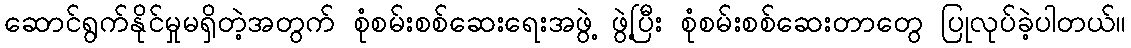
ဆောင်ရွက်နိုင်မှုမရှိတဲ့အတွက် စုံစမ်းစစ်ဆေးရေးအဖွဲ့ ဖွဲ့ပြီး စုံစမ်းစစ်ဆေးတာတွေ ပြုလုပ်ခဲ့ပါတယ်။